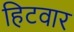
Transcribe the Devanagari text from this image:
हिटवार